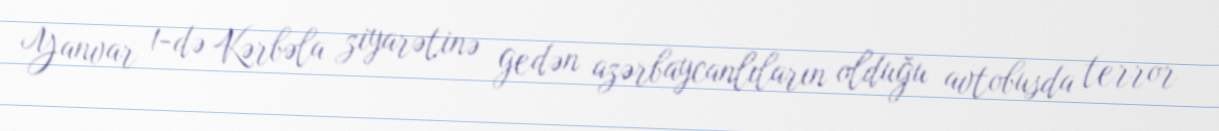
Yanvar 1-də Kərbəla ziyarətinə gedən azərbaycanlıların olduğu avtobusda terror